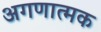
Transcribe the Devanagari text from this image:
अगणात्मक